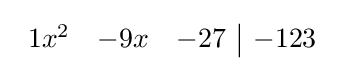
{\begin{array}{rrr|r}1x^{2}&-9x&-27&-123\end{array}}